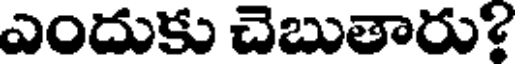
ఎందుకు చెబుతారు?